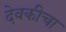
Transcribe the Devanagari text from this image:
देवकीचा